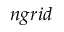
n g r i d